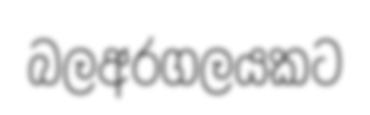
බලඅරගලයකට